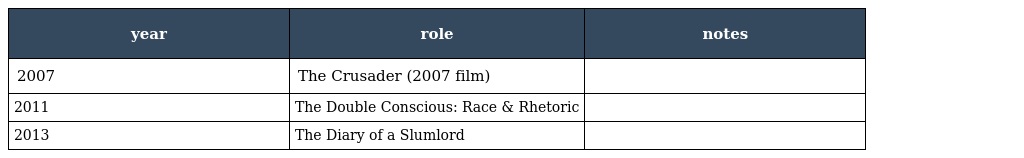
| year | role | notes |
 | --- | --- | --- |
 | 2007 | The Crusader (2007 film) |  |
 | 2011 | The Double Conscious: Race & Rhetoric |  |
 | 2013 | The Diary of a Slumlord |  |